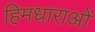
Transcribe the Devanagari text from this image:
हिमधाराओं